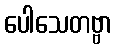
ပေါသေတဗ္ဗာ